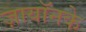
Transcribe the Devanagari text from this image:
ज़ायॉनके